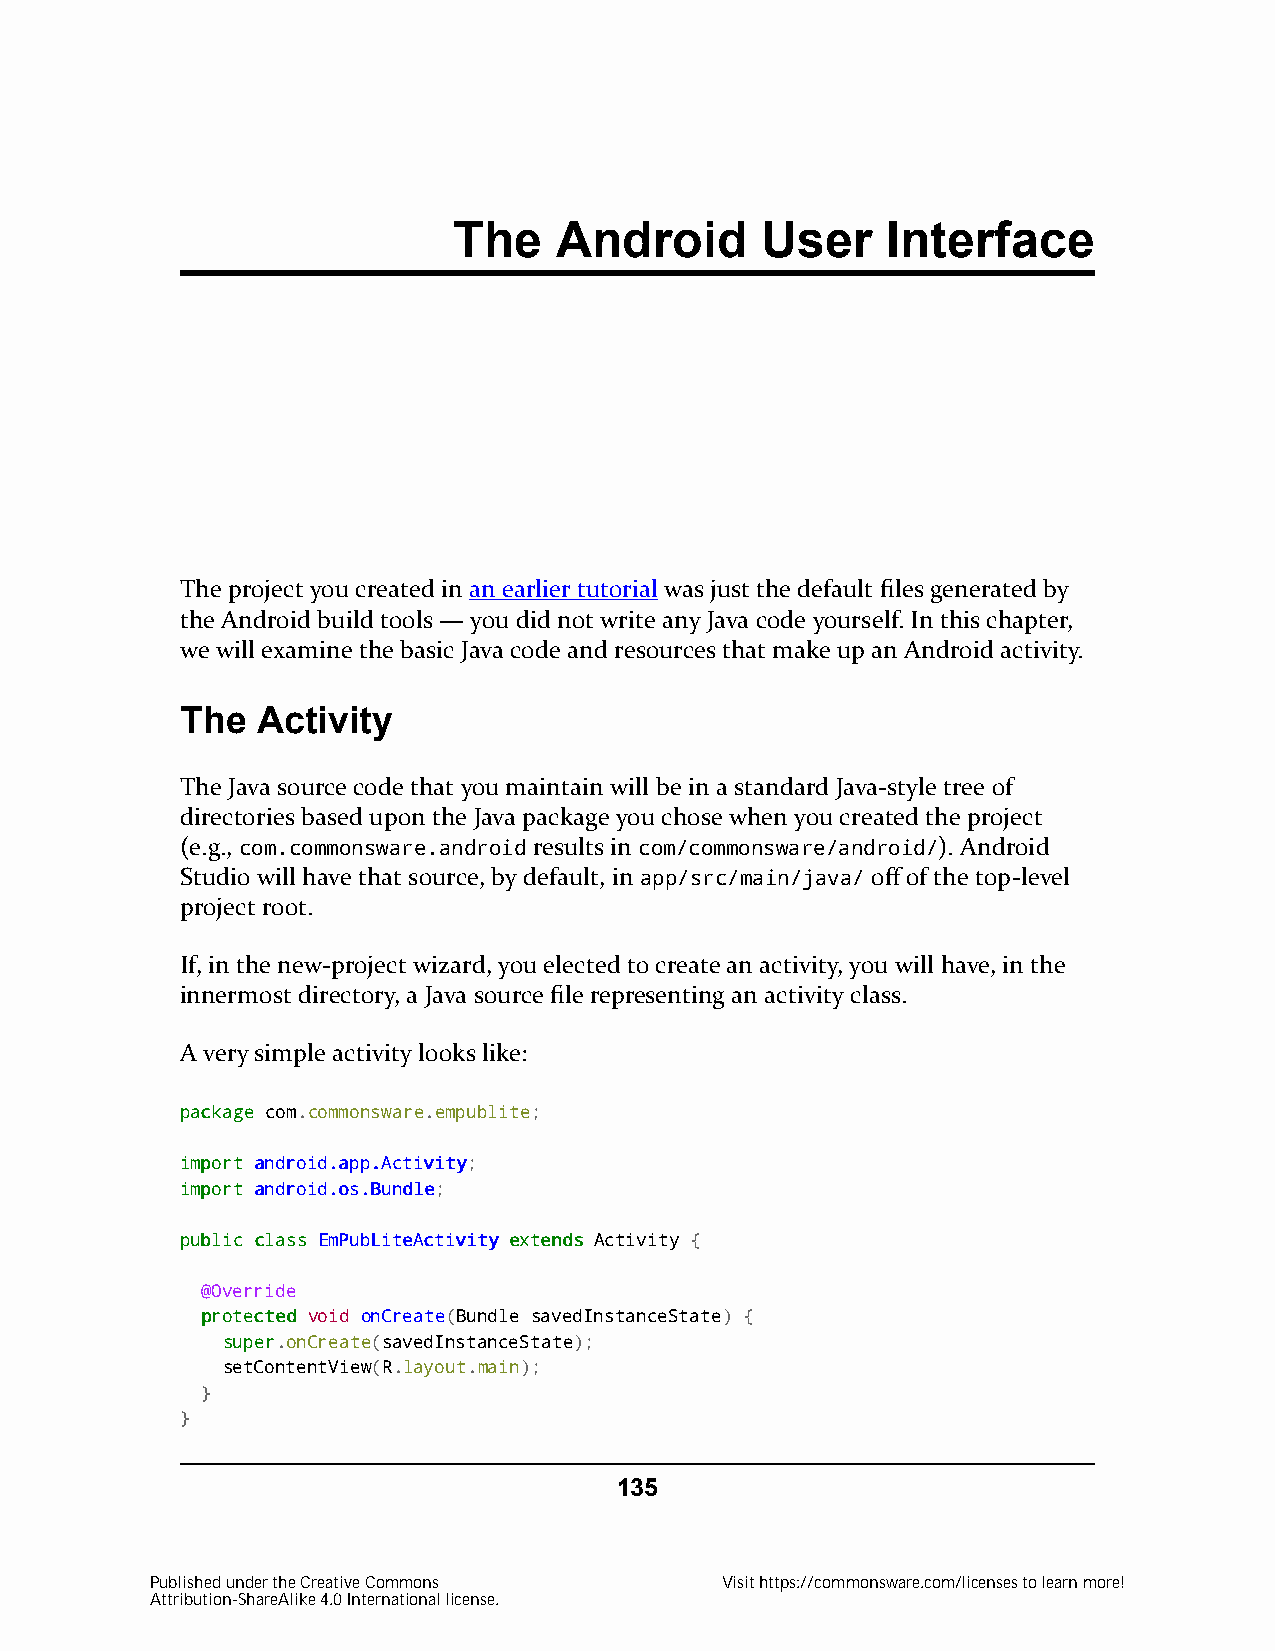
The    Android      User     Interface
 The project you created in an earlier tutorial was just the default files generated by
 the Android build tools — you did not write any Java code yourself. In this chapter,
 we will examine the basic Java code and resources that make up an Android activity.
 The  Activity
 The Java source code that you maintain will be in a standard Java-style tree of
 directories based upon the Java package you chose when you created the project
 (e.g., com.commonsware.android results in com/commonsware/android/). Android
 Studio will have that source, by default, in app/src/main/java/ off of the top-level
 project root.
 If, in the new-project wizard, you elected to create an activity, you will have, in the
 innermost directory, a Java source file representing an activity class.
 A very simple activity looks like:
 ppaacckkaaggee com.commonsware.empublite;
 iimmppoorrtt aannddrrooiidd..aapppp..AAccttiivviittyy;
 iimmppoorrtt aannddrrooiidd..ooss..BBuunnddllee;
 ppuubblliicc ccllaassss EEmmPPuubbLLiitteeAAccttiivviittyy eexxtteennddss Activity {
 @Override
 pprrootteecctteedd void onCreate(Bundle savedInstanceState) {
 ssuuppeerr.onCreate(savedInstanceState);
 setContentView(R.layout.main);
 }
 }
 135
 Published under the Creative Commons  Visit https://commonsware.com/licenses to learn more!
 Attribution-ShareAlike 4.0 International license.